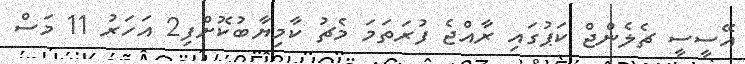
އޭސީސީ ޗެލެންޖް ކަޕުގައި ރާއްޖެ ފުރަތަމަ މެޗު ކާމިޔާބުކޮށްފި2 އަހަރު 11 މަސް